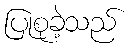
ပြုစုခဲ့သည်